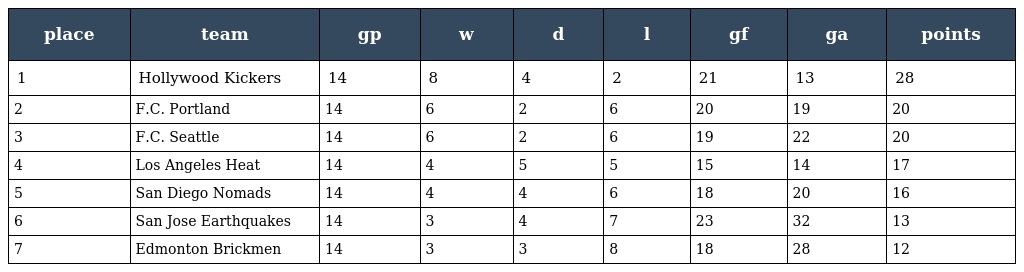
| place | team | gp | w | d | l | gf | ga | points |
 | --- | --- | --- | --- | --- | --- | --- | --- | --- |
 | 1 | Hollywood Kickers | 14 | 8 | 4 | 2 | 21 | 13 | 28 |
 | 2 | F.C. Portland | 14 | 6 | 2 | 6 | 20 | 19 | 20 |
 | 3 | F.C. Seattle | 14 | 6 | 2 | 6 | 19 | 22 | 20 |
 | 4 | Los Angeles Heat | 14 | 4 | 5 | 5 | 15 | 14 | 17 |
 | 5 | San Diego Nomads | 14 | 4 | 4 | 6 | 18 | 20 | 16 |
 | 6 | San Jose Earthquakes | 14 | 3 | 4 | 7 | 23 | 32 | 13 |
 | 7 | Edmonton Brickmen | 14 | 3 | 3 | 8 | 18 | 28 | 12 |